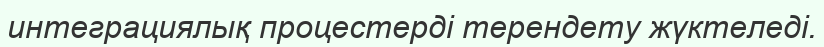
интеграциялық процестерді терендету жүктеледі.